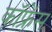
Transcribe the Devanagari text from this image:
कॉफ्रेंस